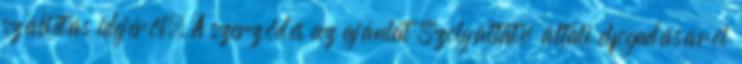
szállítás idejéről. A szerződés az ajánlat Szolgáltató általi elfogadásáról